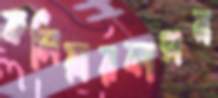
কলিয়ারকাপন